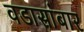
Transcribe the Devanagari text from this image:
वडासांबार